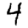
Digit: 4